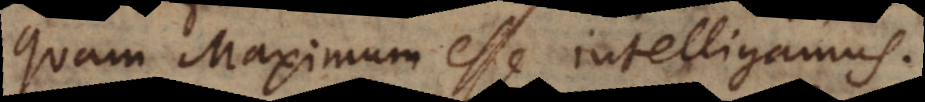
quam Maximum esse intelligamus.